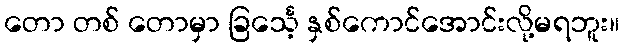
တော တစ် တောမှာ ခြင်္သေ့ နှစ်ကောင်အောင်းလို့မရဘူး။